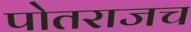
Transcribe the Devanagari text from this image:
पोतराजच